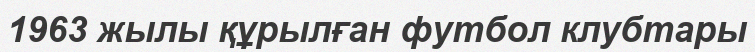
1963 жылы құрылған футбол клубтары